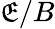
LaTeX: \mathfrak{E}/B